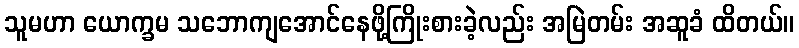
သူမဟာ ယောက္ခမ သဘောကျအောင်နေဖို့ကြိုးစားခဲ့လည်း အမြဲတမ်း အဆူခံ ထိတယ်။